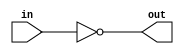
module top_module( input in, output out );
    not g(out,in);

endmodule